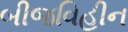
બીજવિહીન